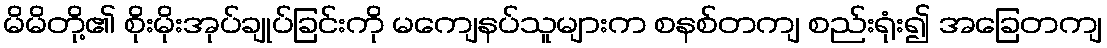
မိမိတို့၏ စိုးမိုးအုပ်ချုပ်ခြင်းကို မကျေနပ်သူများက စနစ်တကျ စည်းရုံး၍ အခြေတကျ